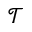
\mathcal { T }